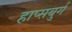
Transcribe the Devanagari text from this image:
हाप्सबुर्ग